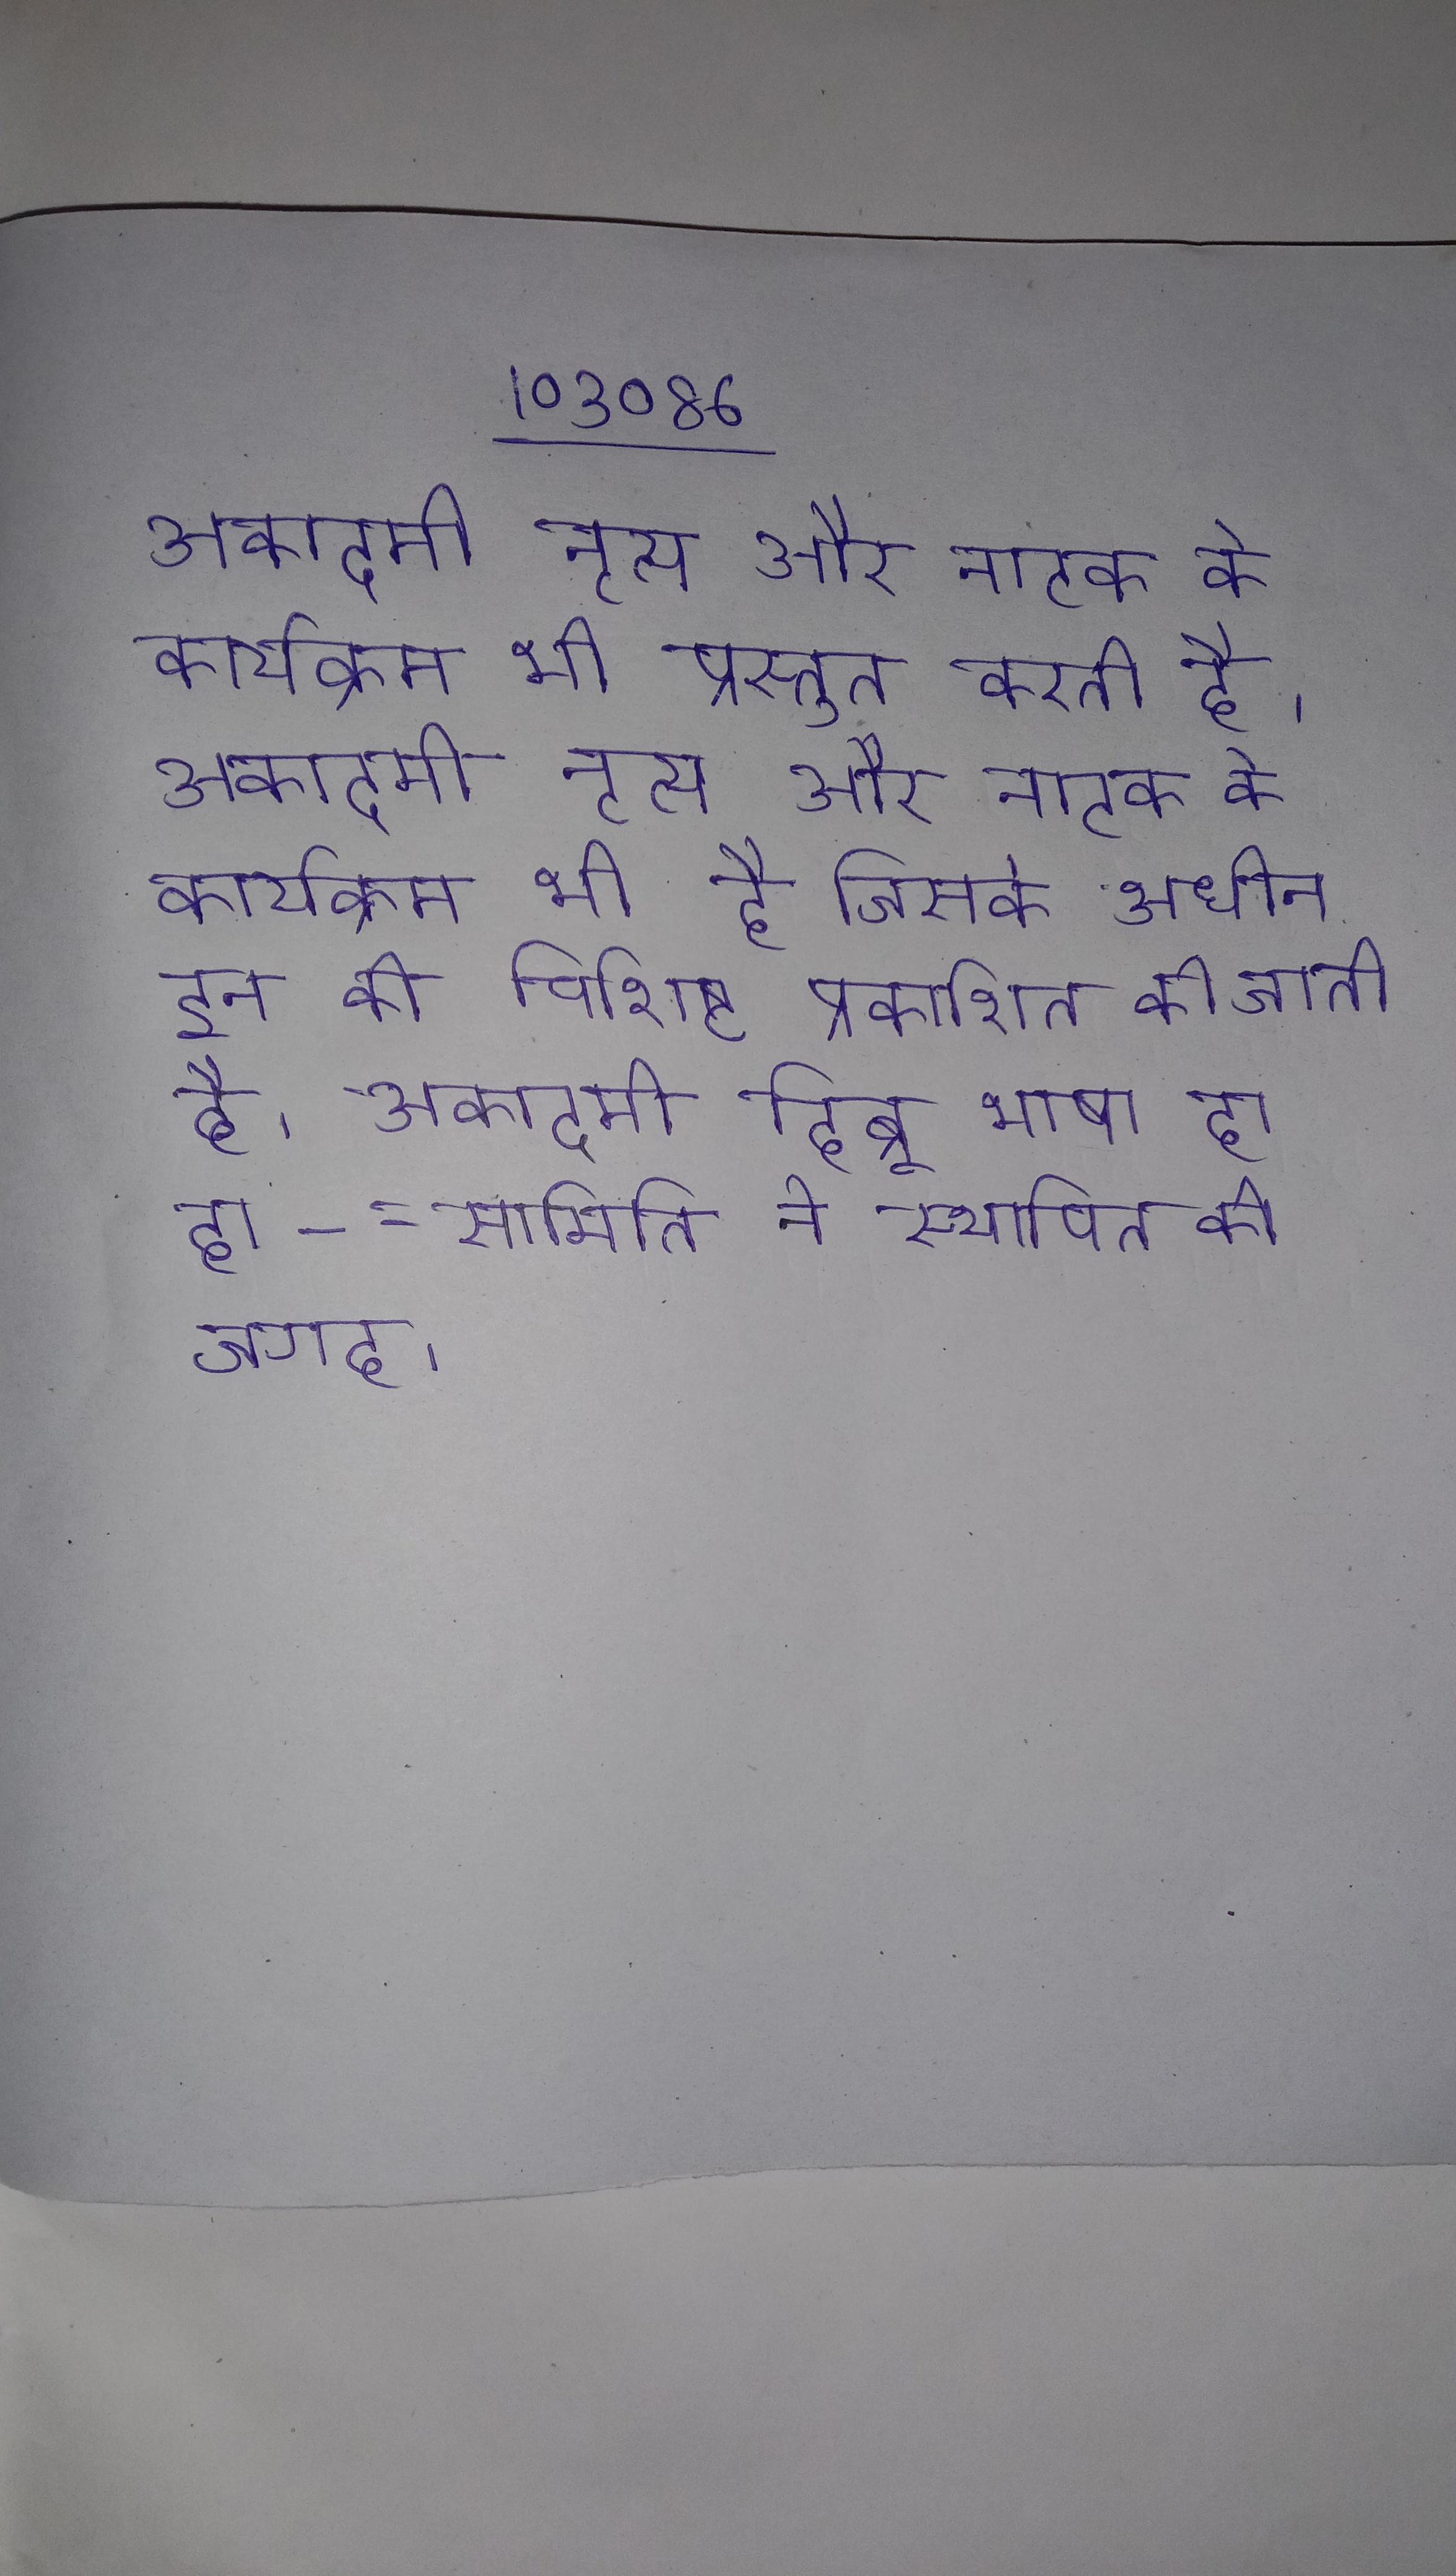
अकादमी नृत्य और नाटक के कार्यक्रम भी प्रस्तुत करती है । अकादमी नृत्य और नाटक के कार्यक्रम भी है जिसके अधीन इन की विशिष्ट प्रकाशित की जाती है । अकादमी हिब्रू भाषा हा हा - - समिति ने स्थापित की जगह .